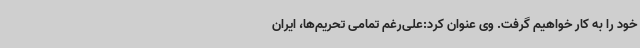
خود را به کار خواهیم گرفت. وی عنوان کرد:علی‌رغم تمامی تحریم‌ها، ایران